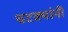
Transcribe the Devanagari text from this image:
चटक्‍यांनी